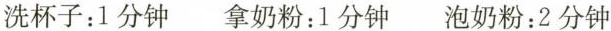
洗杯子：1分钟 拿奶粉：1分钟 泡奶粉：2分钟